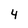
Character: 4